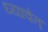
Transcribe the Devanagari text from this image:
घ्यावेत़